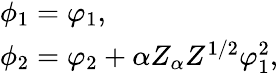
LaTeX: \begin{array}{l}{{\phi_{1}=\varphi_{1},}}\\ {{\phi_{2}=\varphi_{2}+\alpha Z_{\alpha}Z^{1/2}\varphi_{1}^{2},}}\end{array}